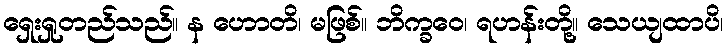
ရှေးရှုတည်သည်။ န ဟောတိ၊ မဖြစ်။ ဘိက္ခဝေ၊ ရဟန်းတို့။ သေယျထာပိ၊